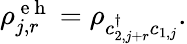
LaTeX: \begin{array}{r}{\rho_{j,r}^{\mathrm{~e~h~}}=\rho_{c_{2,j+r}^{\dagger}c_{1,j}}.}\end{array}